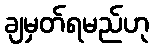
ချမှတ်ရမည်ဟု